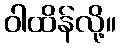
ဝါထိန်လို့။